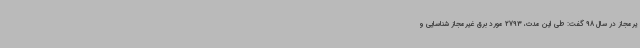
یرمجاز در سال 98 گفت: طی این مدت، 2793 مورد برق غیرمجاز شناسایی و